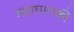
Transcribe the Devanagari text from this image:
महाघातकी